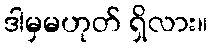
ဒါမှမဟုတ် ရှိလား။